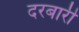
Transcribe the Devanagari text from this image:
दरबारीं